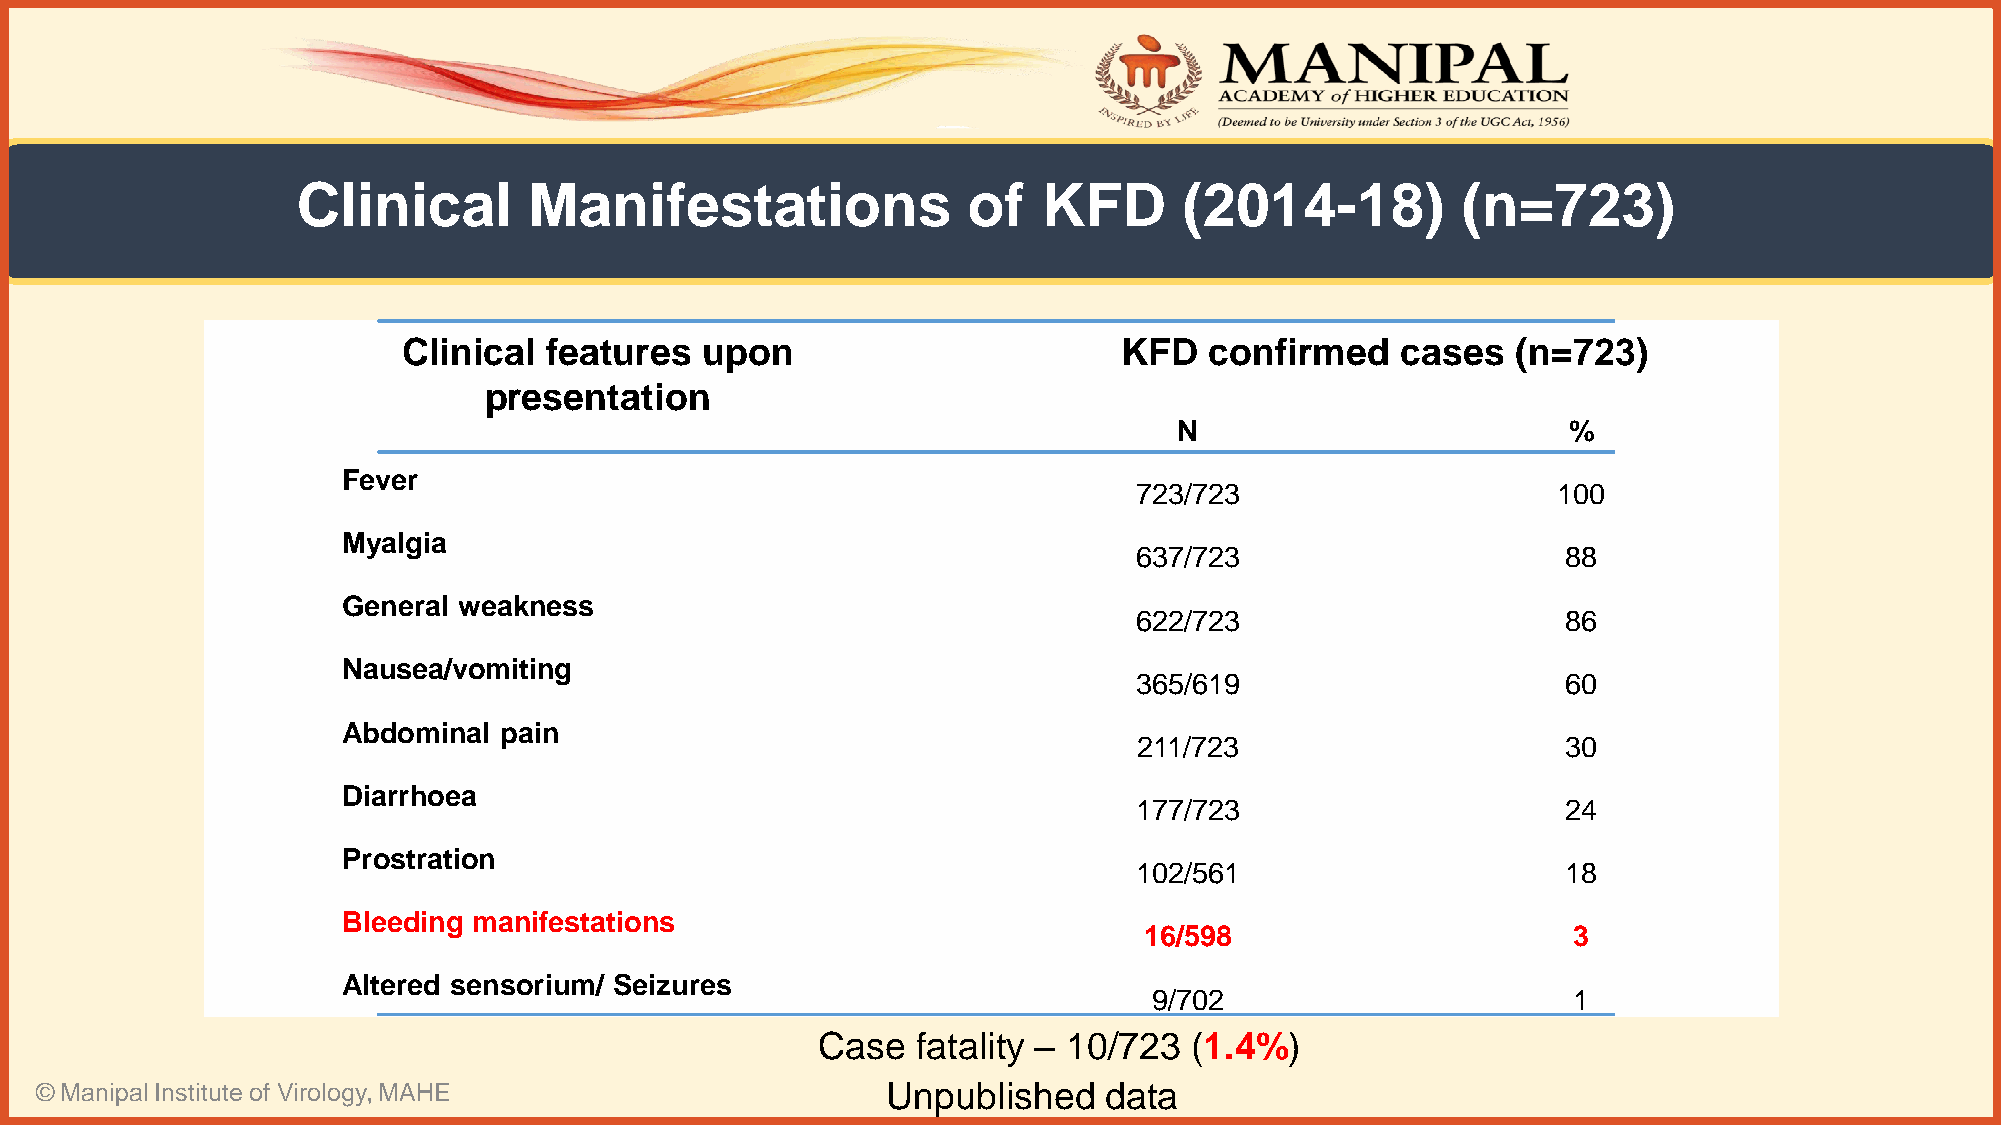
Clinical       Manifestations               of   KFD      (2014-18)          (n=723)
 Clinical features  upon                        KFD   confirmed    cases  (n=723)
 presentation
 N                         %
 Fever
 723/723                     100
 Myalgia
 637/723                      88
 General weakness
 622/723                      86
 Nausea/vomiting
 365/619                      60
 Abdominal pain
 211/723                      30
 Diarrhoea
 177/723                      24
 Prostration
 102/561                      18
 Bleeding manifestations
 16/598                      3
 Altered sensorium/ Seizures
 9/702                       1
 Case   fatality – 10/723 (1.4%)
 © Manipal Institute of Virology, MAHE                    Unpublished   data